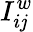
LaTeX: I_{i\mathit{j}}^{w}